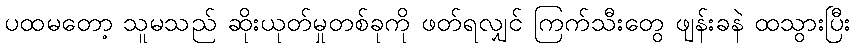
ပထမတော့ သူမသည် ဆိုးယုတ်မှုတစ်ခုကို ဖတ်ရလျှင် ကြက်သီးတွေ ဖျန်းခနဲ ထသွားပြီး